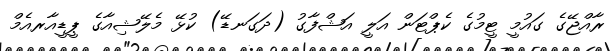
ރާއްޖޭގެ ގައުމީ ޓީމުގެ ކެޕްޓަން އަލީ އަޝްފާގު (ދަގަނޑޭ) ކުޅޭ މެލޭޝިއާގެ ޕީޑީއާރއެމް